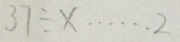
3 7 \div x \cdots 2